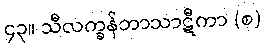
၄၃။ သီလက္ခန်ဘာသာဋီကာ (စ)